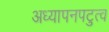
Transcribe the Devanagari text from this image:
अध्यापनपटुत्व